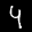
Label: 4